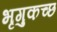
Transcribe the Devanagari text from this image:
भृगुकच्छ